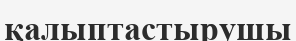
қалыптастырушы